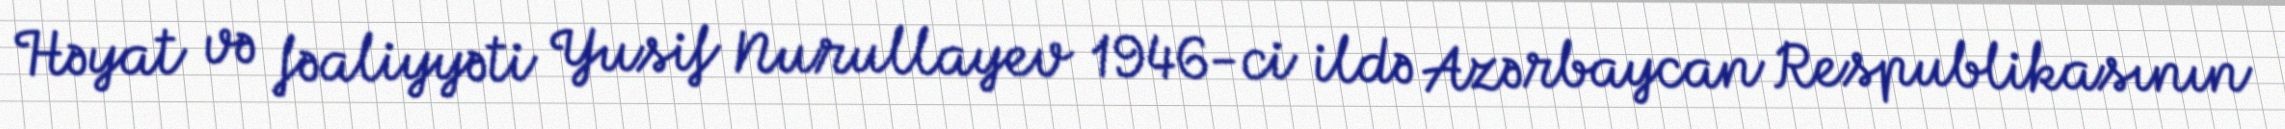
Həyat və fəaliyyəti Yusif Nurullayev 1946-ci ildə Azərbaycan Respublikasının